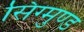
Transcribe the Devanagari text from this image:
सिग्मुण्ड